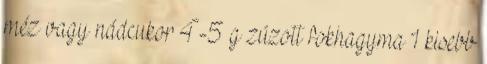
méz vagy nádcukor 4-5 g zúzott fokhagyma 1 kisebb